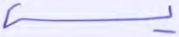
يس